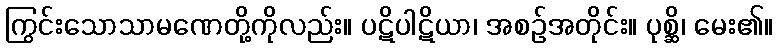
ကြွင်းသောသာမဏေတို့ကိုလည်း။ ပဋိပါဋိယာ၊ အစဉ်အတိုင်း။ ပုစ္ဆိ၊ မေး၏။